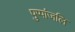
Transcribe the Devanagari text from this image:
पुप्पांजलि